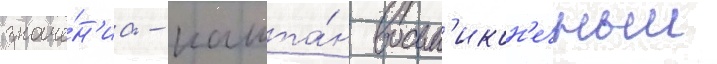
значе́н'иа - кашта́н восьм'икон'ечныи